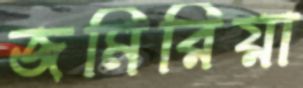
জমিরিয়া